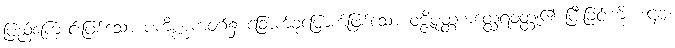
ပြည့်ကြောင်းဖြစ်သော ပကိဏ္ဏကဝဂ်၌ ခြောက်ခုမြောက်ဖြစ်သော ဝဇ္ဇိပုတ္တကတ္ထေရဝတ္ထု၏ ပြီးခြင်းကို။ ဒဋ္ဌဗ္ဗံ၊